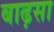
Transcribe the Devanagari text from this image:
बाढ़सा